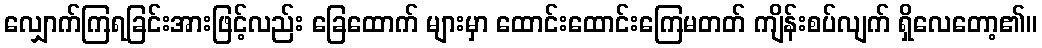
လျှောက်ကြရခြင်းအားဖြင့်လည်း ခြေထောက် များမှာ ထောင်းထောင်းကြေမတတ် ကျိန်းစပ်လျက် ရှိလေတော့၏။